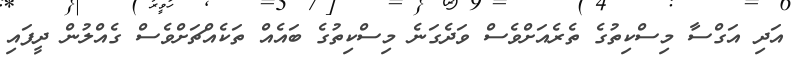
އަދި އަގްސާ މިސްކިތުގެ ތެރެއަށްވެސް ވަދެގަނެ މިސްކިތުގެ ބައެއް ތަކެއްޗަށްވެސް ގެއްލުން ދީފައި